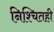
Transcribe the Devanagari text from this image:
निश्चितही